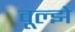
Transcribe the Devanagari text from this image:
वूल्झे